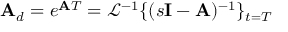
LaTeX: \mathbf { A } _ { d } = e ^ { \mathbf { A } T } = { \mathcal { L } } ^ { - 1 } \{ ( s \mathbf { I } - \mathbf { A } ) ^ { - 1 } \} _ { t = T }